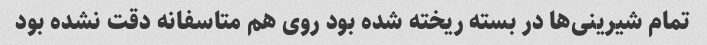
تمام شیرینی‌ها در بسته ریخته شده بود روی هم متاسفانه دقت نشده بود